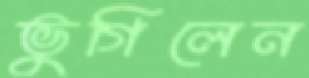
ভুগিলেন